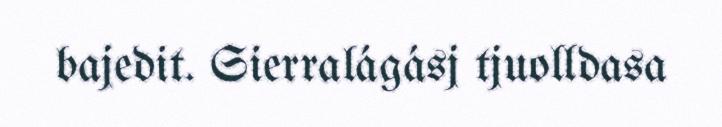
bajedit. Sierralágásj tjuolldasa